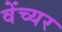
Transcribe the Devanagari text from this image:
वेंच्यर